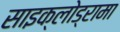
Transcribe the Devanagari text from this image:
साइक्लोड्रामा